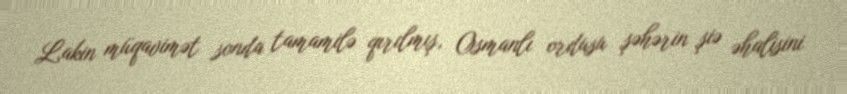
Lakin müqavimət sonda tamamilə qırılmış, Osmanlı ordusu şəhərin şiə əhalisini